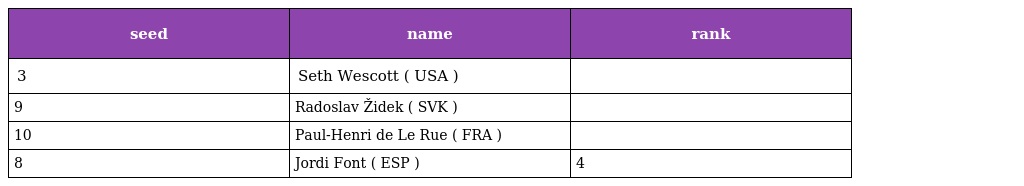
| seed | name | rank |
 | --- | --- | --- |
 | 3 | Seth Wescott ( USA ) |  |
 | 9 | Radoslav Židek ( SVK ) |  |
 | 10 | Paul-Henri de Le Rue ( FRA ) |  |
 | 8 | Jordi Font ( ESP ) | 4 |